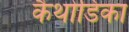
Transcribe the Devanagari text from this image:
कैथोडिका